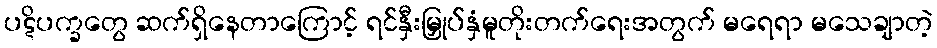
ပဋိပက္ခတွေ ဆက်ရှိနေတာကြောင့် ရင်နှီးမြှုပ်နှံမူတိုးတက်ရေးအတွက် မရေရာ မသေချာတဲ့